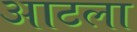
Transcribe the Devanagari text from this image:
आटला